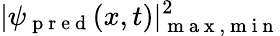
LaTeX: |\psi_{\mathrm{~p~r~e~d~}}(x,t)|_{\mathrm{~m~a~x~,~m~i~n~}}^{2}